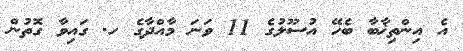
އެ އިންތިޚާބާ ބެހޭ އުސޫލުގެ 11 ވަނަ މާއްދާގެ ހ. ގައިވާ ގޮތުން